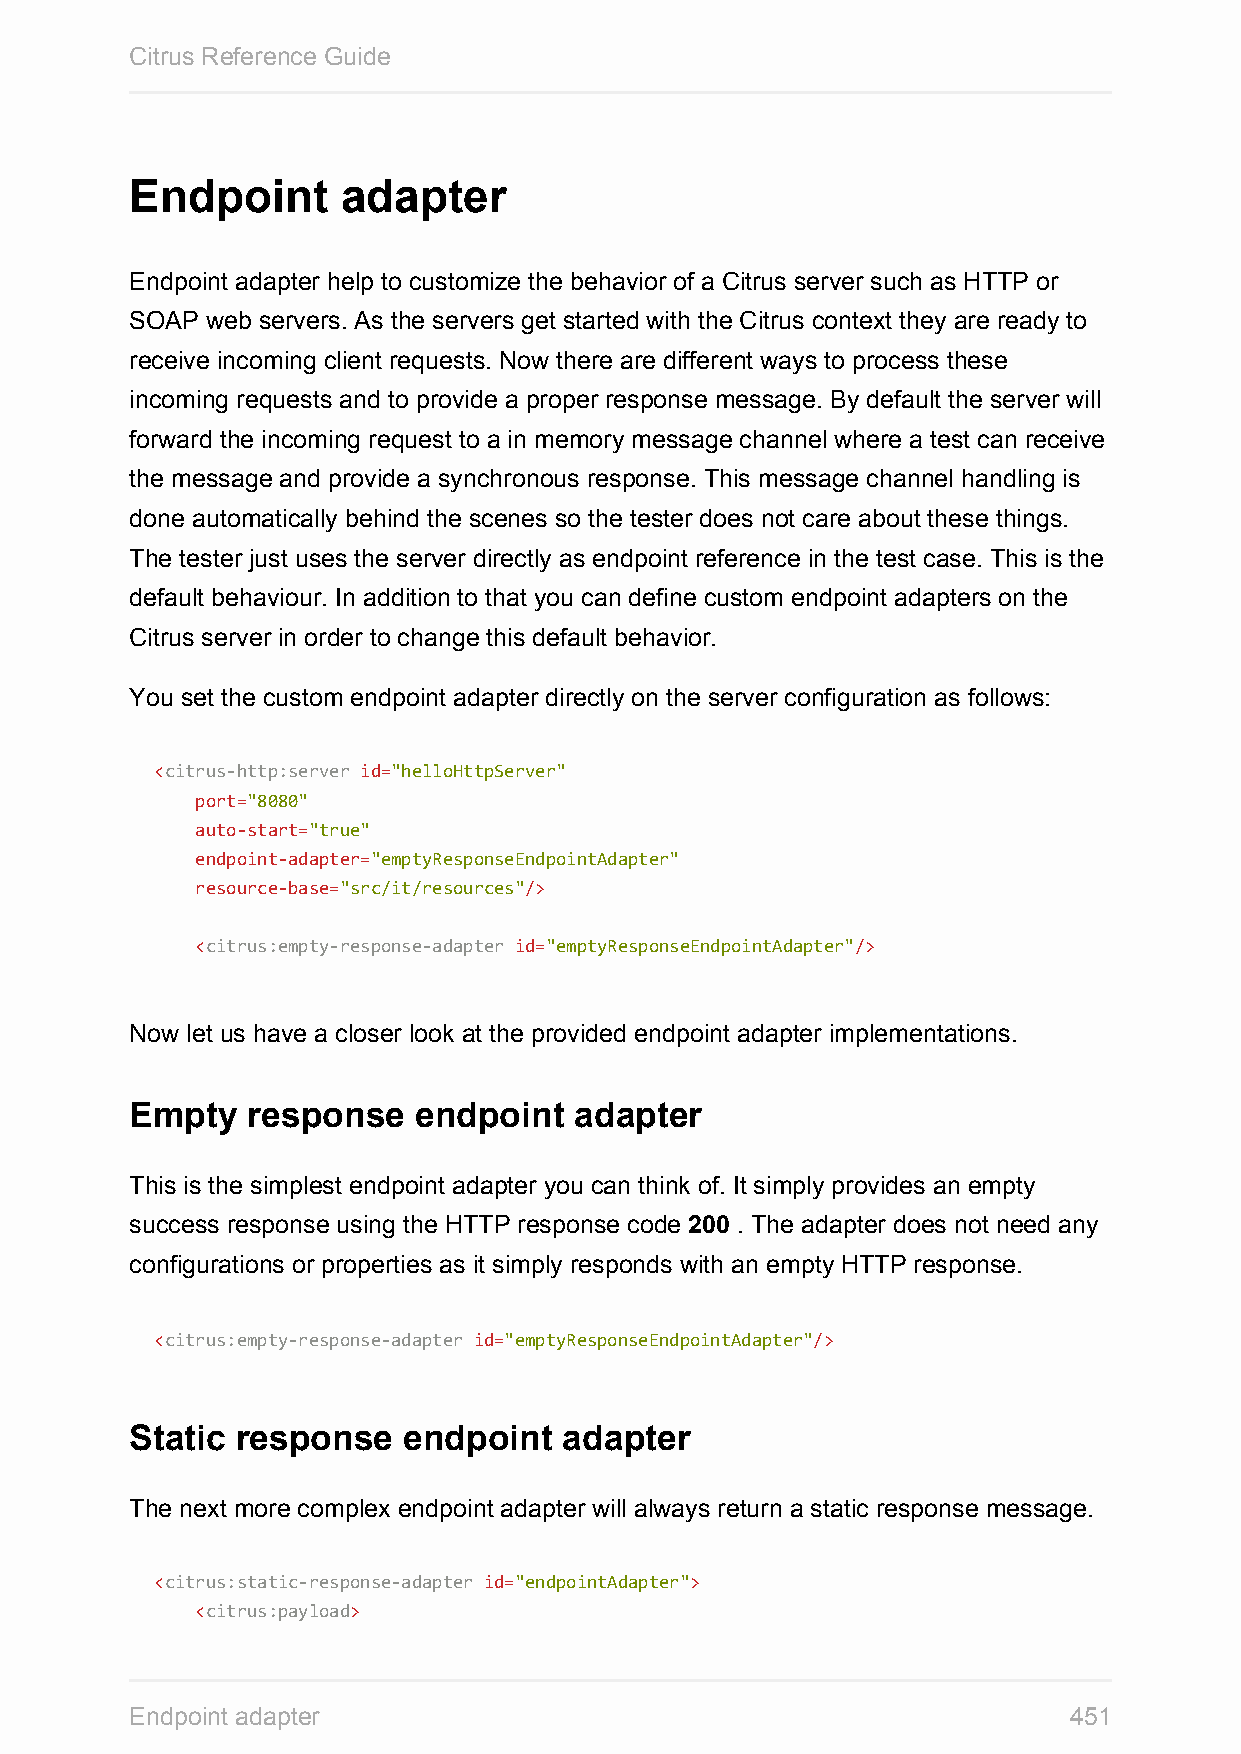
Citrus Reference Guide
 Endpoint      adapter
 Endpoint adapter help to customize the behavior of a Citrus server such as HTTP or
 SOAP web servers. As the servers get started with the Citrus context they are ready to
 receive incoming client requests. Now there are different ways to process these
 incoming requests and to provide a proper response message. By default the server will
 forward the incoming request to a in memory message channel where a test can receive
 the message and provide a synchronous response. This message channel handling is
 done automatically behind the scenes so the tester does not care about these things.
 The tester just uses the server directly as endpoint reference in the test case. This is the
 default behaviour. In addition to that you can define custom endpoint adapters on the
 Citrus server in order to change this default behavior.
 You set the custom endpoint adapter directly on the server configuration as follows:
 <citrus-http:server id="helloHttpServer"
 port="8080"
 auto-start="true"
 endpoint-adapter="emptyResponseEndpointAdapter"
 resource-base="src/it/resources"/>
 <citrus:empty-response-adapter id="emptyResponseEndpointAdapter"/>
 Now let us have a closer look at the provided endpoint adapter implementations.
 Empty  response   endpoint   adapter
 This is the simplest endpoint adapter you can think of. It simply provides an empty
 success response using the HTTP response code 200 . The adapter does not need any
 configurations or properties as it simply responds with an empty HTTP response.
 <citrus:empty-response-adapter id="emptyResponseEndpointAdapter"/>
 Static response   endpoint  adapter
 The next more complex endpoint adapter will always return a static response message.
 <citrus:static-response-adapter id="endpointAdapter">
 <citrus:payload>
 Endpoint adapter                                              451